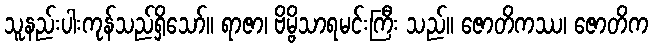
သူနည်းပါးကုန်သည်ရှိသော်။ ရာဇာ၊ ဗိမ္ဗိသာရမင်းကြီး သည်။ ဇောတိကဿ၊ ဇောတိက